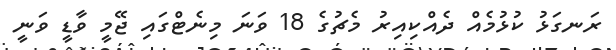
ރަނގަޅު ކުޅުމެއް ދެއްކިއިރު މެޗުގެ 18 ވަނަ މިނެޓްގައި ޖޭމީ ވާޑީ ވަނީ